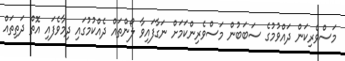
މަސްވެރިކަން ދައްވުމުގެ ސަބަބުން މަސްވެރިންކަމަށް ނަގާފައިވާ ލޯންތައް ދެއްކުމުގައި ދިމާވެފައި އޮތް ދަތިތައް